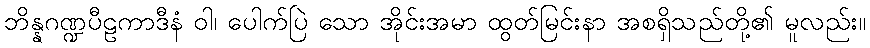
ဘိန္နဂဏ္ဍပီဠကာဒီနံ ဝါ၊ ပေါက်ပြဲ သော အိုင်းအမာ ထွတ်မြင်းနာ အစရှိသည်တို့၏ မူလည်း။